Civil Veterinary Dept. Bombay admin report 1907-1913 - 1907-1913
Year: 1907
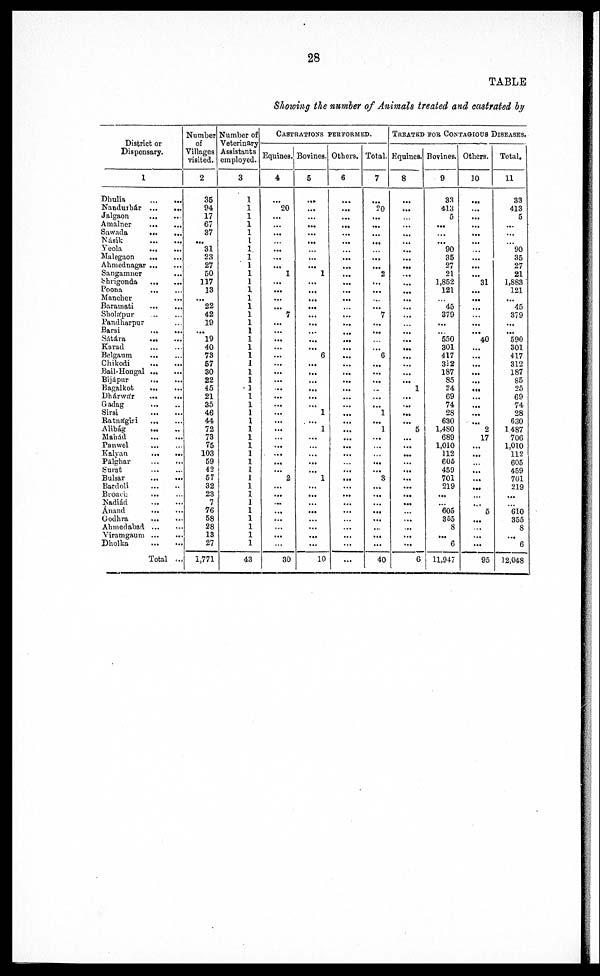
28
TABLE
Showing the number of Animals treated and castrated by
District or
Dispensary.
1
Dhulia ... ...
Nandurbár ... ...
Jalgaon ... ...
Amalner ... ...
Sawada ... ...
Násik ... ...
Yeola ... ...
Malegaon ... ...
Ahmednagar ... ...
Sangamner ...
Shrigonda ... ...
Poona ... ...
Mancher ...
Baramati ... ...
Sholápur ... ...
Pandharpur ...
Barsi ... ...
Sátára ... ...
Karad ... ...
Belgaum ... ...
Chikodi ... ...
Bail-Hongal ... ...
Bijápur ... ...
Bagalkot ... ...
Dhárwár ... ...
Gadag ... ...
Sirsi ... ...
Ratnágiri ... ...
Alibág ... ...
Mahád ... ...
Panwel ... ...
Kalyan ... ...
Pálghar ... ...
Surat ... ...
Bulsar ... ...
Bardoli ... ...
Broach
…
…
Nadiád ... ...
Ánand ... ...
Godhra ... ...
Ahmedabad ... ...
Viramgaum ... ...
Dholka ... ...
Total ...
Number
of
Villages
visited.
2
35
94
17
67
37
...
31
23
27
50
117
13
...
22
42
19
...
19
40
73
57
30
22
45
21
35
46
44
72
73
75
103
59
42
57
32
23
7
76
58
28
13
27
1,771
Number of
Veterinary -
Assistants
employed.
3
1
1
1
1
1
1
1
1
1
1
1
1
1
1
1
1
1
1
1
1
1
1
1
1
1
1
1
1
1
1
1
1
1
1
1
1
1
1
1
1
1
1
1
43
CASTRATIONS PERFORMED.
Equines.
4
…
20
…
...
...
…
...
...
...
1
...
...
...
...
7
...
...
...
…
...
...
...
...
...
...
...
...
...
...
…
...
...
...
...
2
...
...
...
...
...
…
...
…
30
Bovines.
5
...
...
...
...
...
...
…
...
...
1
...
...
...
...
...
...
…
...
...
6
...
...
...
...
...
...
1
...
1
...
…
...
...
...
1
...
...
...
...
...
...
...
...
10
Others.
6
…
...
...
...
...
...
…
...
...
...
...
...
...
…
...
...
...
...
...
...
...
...
...
...
...
...
...
...
...
...
...
...
…
...
...
...
...
...
...
…
...
...
...
...
Total.
7
…
20
...
...
…
...
…
...
...
2
...
...
...
...
7
...
...
…
…
6
...
...
...
...
...
...
1
...
1
...
...
…
...
...
3
...
...
...
...
...
...
...
...
40
TREATED FOR CONTAGIOUS DISEASES.
Equines.
8
…
...
…
...
…
...
...
...
...
...
...
...
...
...
...
…
...
...
...
...
...
...
...
1
...
...
...
...
5
...
...
...
...
...
...
...
...
...
…
...
...
...
...
6
Bovines.
9
33
413
5
...
...
...
90
35
27
21
1,852
121
…
45
379
...
… 550
301
417
312
187
85
24
69
74
28
630
1,480
689
1,010
112
605
459
701
219
...
…
605
355
8
...
6
11,947
Others.
10
…
...
...
...
...
...
…
...
...
...
31
...
...
...
…
...
...
40
...
...
...
...
...
...
...
...
...
...
2
17
...
...
…
...
...
...
…
...
5
...
...
...
...
95
Total.
11
33
413
5
...
…
…
90
35
27
21
1,883
121
...
45
379
...
...
590
301
417
312
187
85
25
69
74
28
630
1,487
706
1,010
112
605
459
701
219
...
…
610
355
8
...
6
12,048